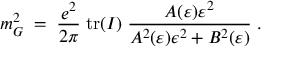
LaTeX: m _ { G } ^ { 2 } \; = \; \frac { e ^ { 2 } } { 2 \pi } \; \mathrm { t r } ( I ) \; \frac { A ( \varepsilon ) \varepsilon ^ { 2 } } { A ^ { 2 } ( \varepsilon ) \epsilon ^ { 2 } + B ^ { 2 } ( \varepsilon ) } \; .